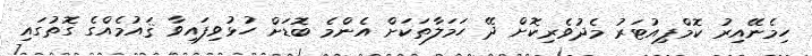
ހިމެނޭއިރު ކޮމްޕިއުޓަރު މެދުވެރިކޮށް ދޭ ހަމަލާތަކަށް އެންމެ ބޮޑަށް ހުޅުވިފައިވާ ޤައުމެއްގެ ގޮތުގައި